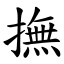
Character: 撫